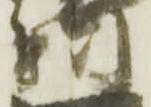
利